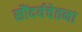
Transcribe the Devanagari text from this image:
सौंदर्यचेतना